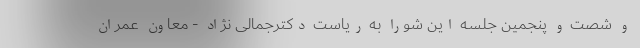
و شصت و پنجمین جلسه این شورا به ریاست دکترجمالی نژاد - معاون عمران